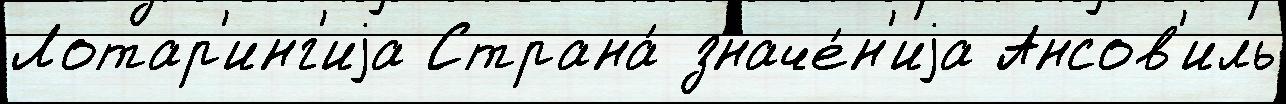
Лотар'инг'иjа Страна́ значе́н'иjа Ансов'иль